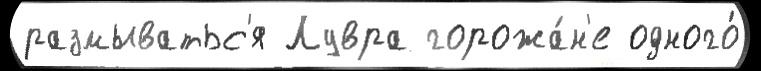
размыватьс'я Лувра горожа́н'е одного́